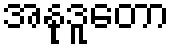
အနုဒူတော